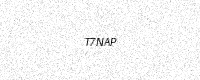
Text: T7NAP